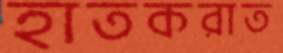
হাতকরাত